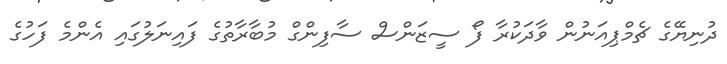
ދުނިޔޭގެ ޗެމްޕިއަނުން ވާދަކުރާ ފޯ ސީޒަންސް ސާފިންގް މުބާރާތުގެ ފައިނަލުގައި އެންމެ ފަހުގެ